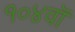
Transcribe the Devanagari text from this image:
१०४वॉ